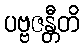
ပဗ္ဗဇန္တီတိ